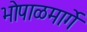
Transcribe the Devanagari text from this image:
भोपाळमार्गे